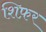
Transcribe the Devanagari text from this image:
शिफ़र